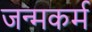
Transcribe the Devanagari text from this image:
जन्मकर्म